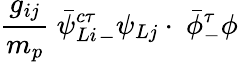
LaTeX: \frac{g_{ij}}{m_{p}}\ \bar{\psi}{^{c\tau}_{Li}}_{-}\psi_{Lj}\cdot\ \bar{\phi}_{-}^{\tau}\phi